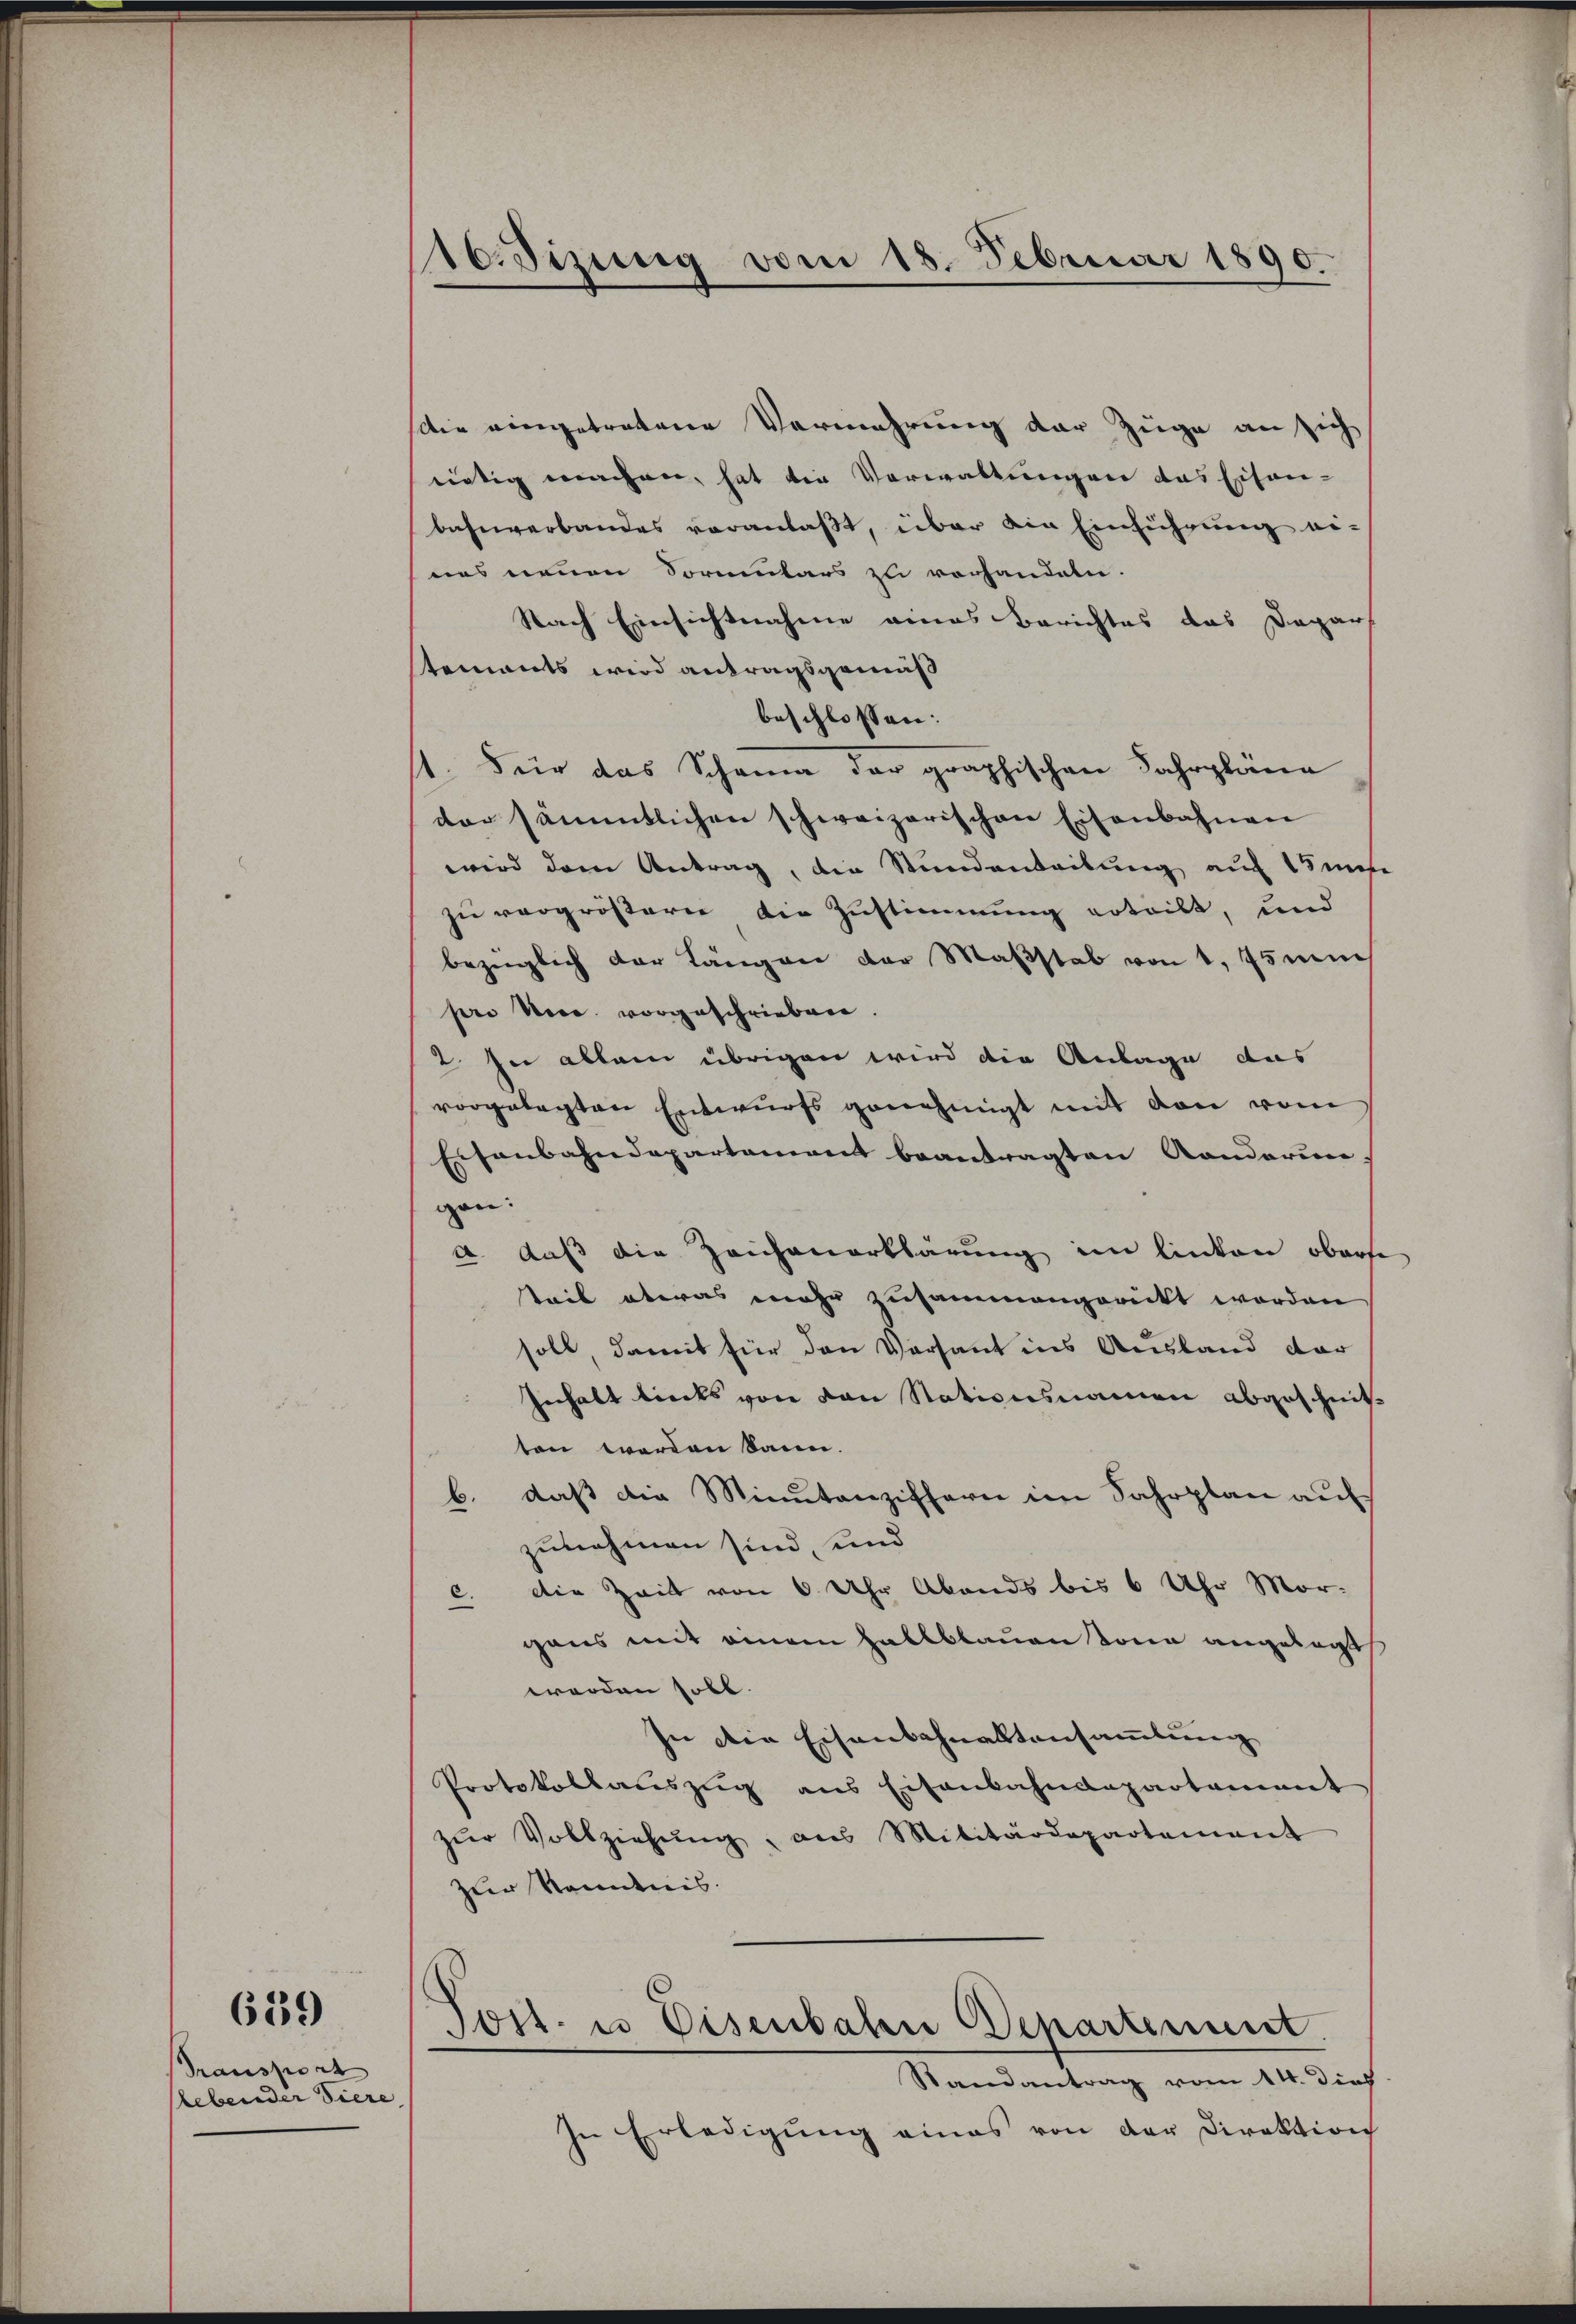
Transport
lebender Tiere

639)

16. Dizung vom 18. Februar 1890.

Wie eingetretene Vermehrung der Züge an sich
nietig machen, hat die Verwaltungen das Eisen-
bahnverbandes veranlaßt, über ein Einführung eines neuen Sormulars zu vorhandeln.
Nach Einsichtnahme eines Berichtes das Depar
tements wird antragsgemäß
beschlossen:
1. Für das Schama der graphischen Fahrpläne
der sämmtlichen schweizerischen Eisenbahnen
wird dem Antrag, die Stundenteilung auf 15 mise
zu vergrößern die Zustimmung ertritt, und
bezüglich der Längen der Maßstab von 1, 75 mi
pere Voce vorgeschrieben.
2. In allein übrigen wird die Anlage das
vorgelegten Entwurfs genehmigt mit den vom
Eisenbahndepartement beantragten Rondarin.
gen:
a. daß die Zeichenerklärung im linken oberse
teil etwas mehr zusammengerückt worden
soll, damit für den Versant ins Ausland dar
Inhalt links von von Stationsnamen abgeschnitt
ten werden kann.
b. daβ die Minutanziffern im Fahrplan auf
zunehmen sind, und
c. Die Zeit von 6 Uhr Abends bis 6 Uhr Mor-
gaus mit einem Hallblauen Sonne angelegt
werden soll.
In die Eisenschnaltansammlung
Protokollaŭszŭg ans Eisenbahndepartamant
zŭr Vollziehŭng aus Militärdepartement
zur Kenntnis.
Tost. u Eisenbahn Departement.
Randantrag vom 14. dies
In Erledigŭng eines von der Direktion